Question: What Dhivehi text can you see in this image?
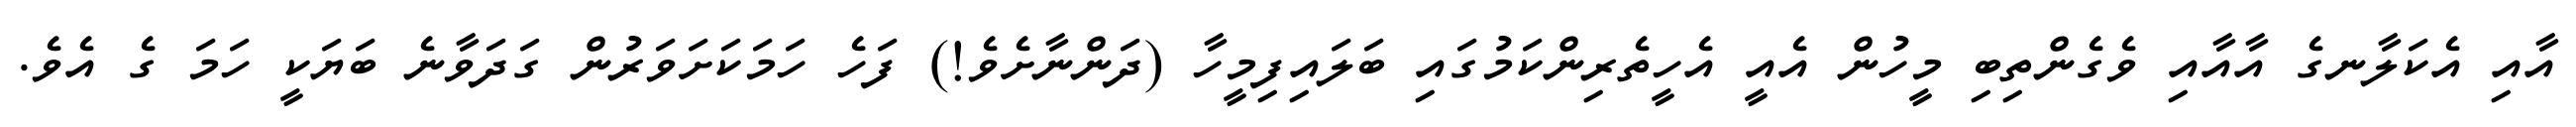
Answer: އާއި އެކަލާނގެ އާއާއި ވެގެންތިބި މީހުން އެއީ އެހީތެރިންކަމުގައި ބަލައިފިމީހާ (ދަންނާށެވެ!) ފަހެ ހަމަކަށަވަރުން ގަދަވާނެ ބަޔަކީ ހަމަ ގެ އެވެ.